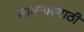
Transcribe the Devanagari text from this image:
सामनास्याठी